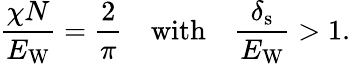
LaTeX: \frac{\chi N}{E_{\mathrm{W}}}=\frac{2}{\pi}\quad\mathrm{with}\quad\frac{\delta_{\mathrm{s}}}{E_{\mathrm{W}}}>1.